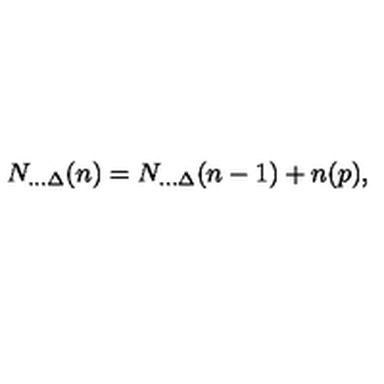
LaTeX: N _ { . . . \Delta } ( n ) = N _ { . . . \Delta } ( n - 1 ) + n ( p ) ,